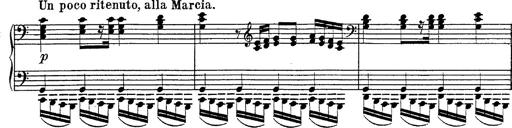
Title: Fantasie Ã¼ber Themen aus Mozarts Figaro und Don Giovanni
Composer: Franz Liszt